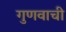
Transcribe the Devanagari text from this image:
गुणवाची